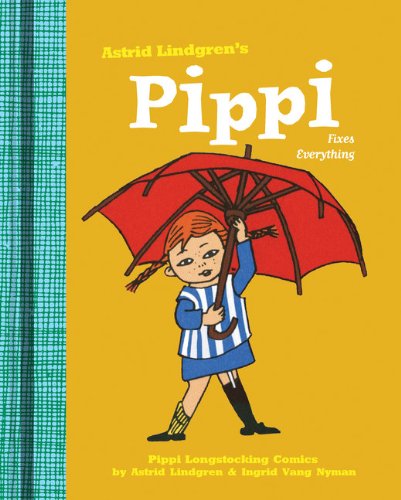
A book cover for Pippi Fixes Everything (Pippi Longstocking); Astrid Lindgren; Comics & Graphic Novels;